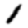
Digit: 1